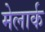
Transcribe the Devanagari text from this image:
मेलार्क